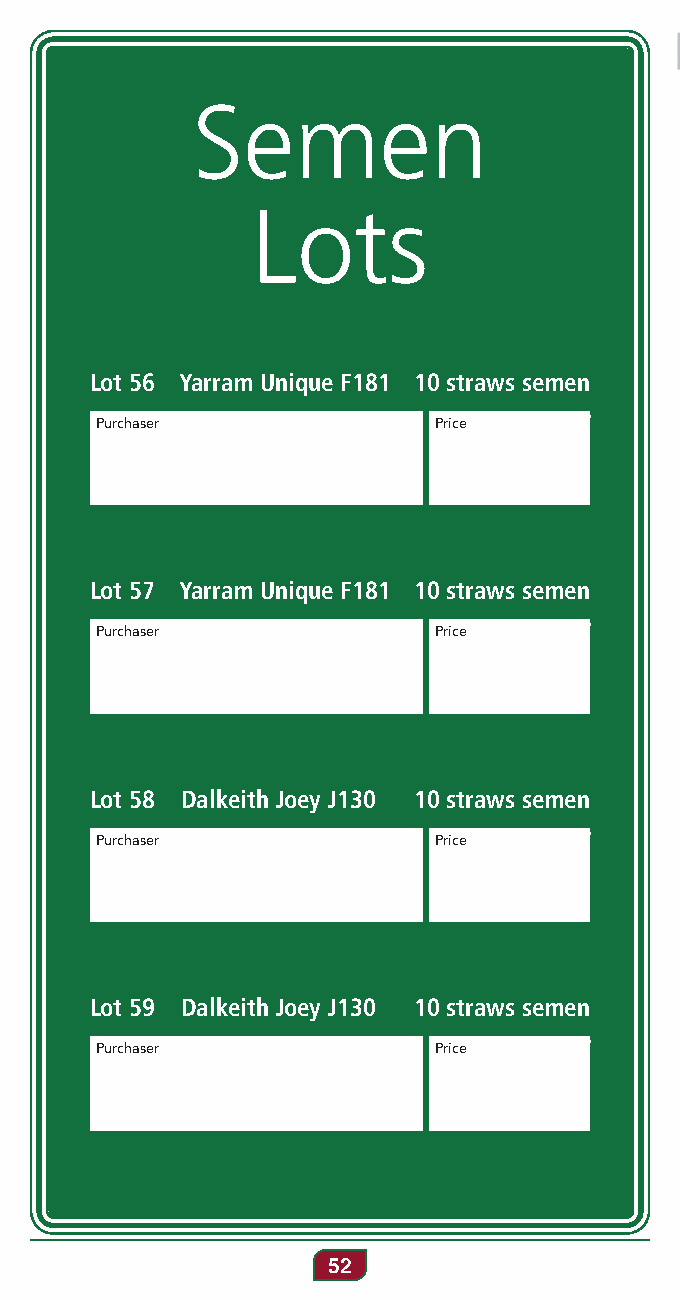
Semen
 Lots
 Lot 56 Yarram Unique F181 10 straws semen
 Purchaser              Price
 Lot 57 Yarram Unique F181 10 straws semen
 Purchaser              Price
 Lot 58 Dalkeith Joey J130 10 straws semen
 Purchaser              Price
 Lot 59 Dalkeith Joey J130 10 straws semen
 Purchaser              Price
 52